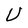
Character: U